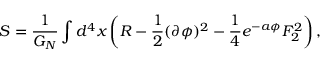
S = { \frac { 1 } { G _ { N } } } \int d ^ { 4 } x \left( R - { \frac { 1 } { 2 } } ( \partial \phi ) ^ { 2 } - { \frac { 1 } { 4 } } e ^ { - a \phi } F _ { 2 } ^ { 2 } \right) ,